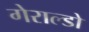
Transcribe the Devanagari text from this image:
गेराल्डो